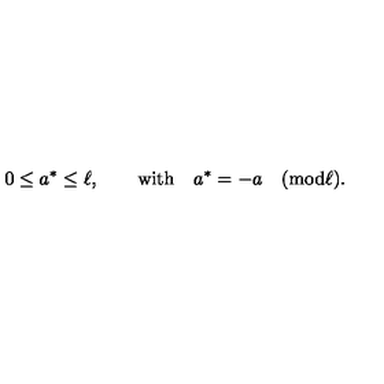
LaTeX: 0 \leq a ^ { * } \leq \ell , \qquad \mathrm { w i t h } \quad a ^ { * } = - a \quad ( \mathrm { m o d } \ell ) .